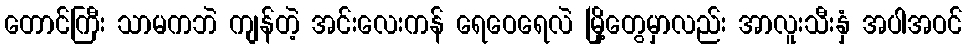
တောင်ကြီး သာမကဘဲ ကျန်တဲ့ အင်းလေးကန် ရေဝေရေလဲ မြို့တွေမှာလည်း အာလူးသီးနှံ အပါအဝင်